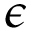
\epsilon